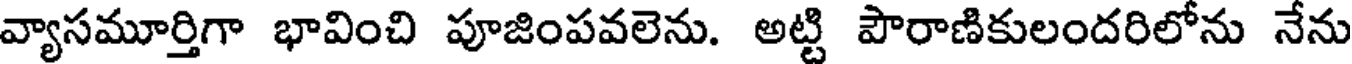
వ్యాసమూర్తిగా భావించి పూజింపవలెను. అట్టి పౌరాణికులందరిలోను నేను